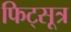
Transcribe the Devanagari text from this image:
फिट्सूत्र